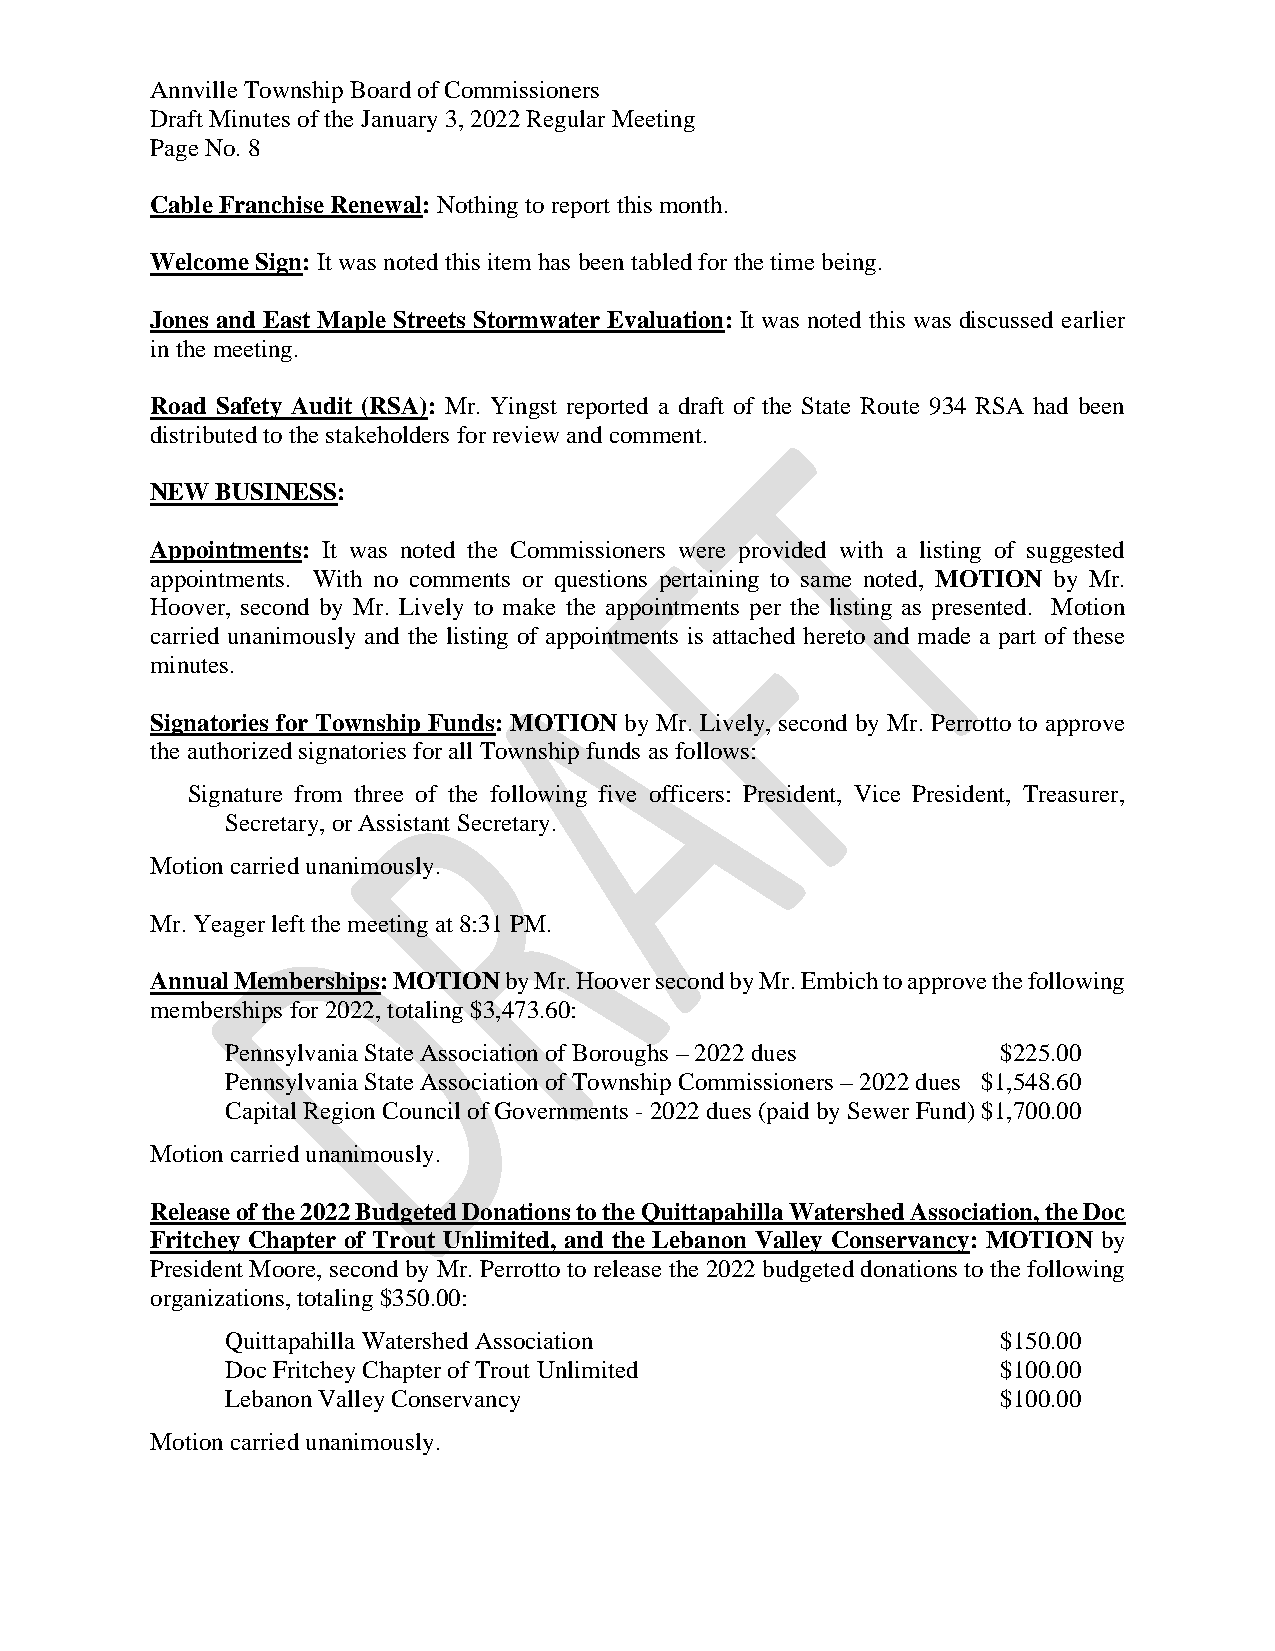
Annville Township Board of Commissioners
 Draft Minutes of the January 3, 2022 Regular Meeting
 Page No. 8
 Cable Franchise Renewal: Nothing to report this month.
 Welcome Sign: It was noted this item has been tabled for the time being.
 Jones and East Maple Streets Stormwater Evaluation: It was noted this was discussed earlier
 in the meeting.
 Road Safety Audit (RSA): Mr. Yingst reported a draft of the State Route 934 RSA had been
 distributed to the stakeholders for review and comment.
 NEW BUSINESS:
 Appointments: It was noted the Commissioners were provided with a listing of suggested
 appointments. With no comments or questions pertaining to same noted, MOTION by Mr.
 Hoover, second by Mr. Lively to make the appointments per the listing as presented. Motion
 carried unanimously and the listing of appointments is attached hereto and made a part of these
 minutes.
 Signatories for Township Funds: MOTION by Mr. Lively, second by Mr. Perrotto to approve
 the authorized signatories for all Township funds as follows:
 Signature from three of the following five officers: President, Vice President, Treasurer,
 Secretary, or Assistant Secretary.
 Motion carried unanimously.
 Mr. Yeager left the meeting at 8:31 PM.
 Annual Memberships: MOTION by Mr. Hoover second by Mr. Embich to approve the following
 memberships for 2022, totaling $3,473.60:
 Pennsylvania State Association of Boroughs – 2022 dues $225.00
 Pennsylvania State Association of Township Commissioners – 2022 dues $1,548.60
 Capital Region Council of Governments - 2022 dues (paid by Sewer Fund) $1,700.00
 Motion carried unanimously.
 Release of the 2022 Budgeted Donations to the Quittapahilla Watershed Association, the Doc
 Fritchey Chapter of Trout Unlimited, and the Lebanon Valley Conservancy: MOTION by
 President Moore, second by Mr. Perrotto to release the 2022 budgeted donations to the following
 organizations, totaling $350.00:
 Quittapahilla Watershed Association                $150.00
 Doc Fritchey Chapter of Trout Unlimited            $100.00
 Lebanon Valley Conservancy                         $100.00
 Motion carried unanimously.